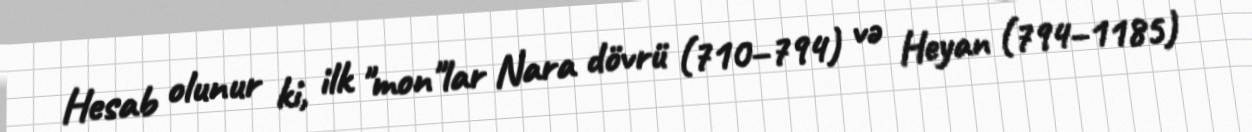
Hesab olunur ki, ilk "mon"lar Nara dövrü (710–794) və Heyan (794–1185)